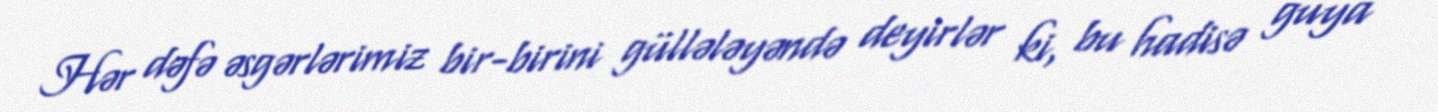
Hər dəfə əsgərlərimiz bir-birini güllələyəndə deyirlər ki, bu hadisə guya